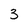
Character: 3